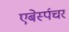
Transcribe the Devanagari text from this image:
एबेर्स्पचर